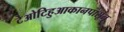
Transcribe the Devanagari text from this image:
टेओटिहुआकानपासून